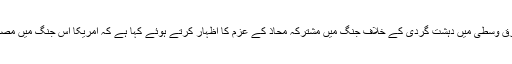
امریکی نائب صدر نے مشرق وسطیٰ میں دہشت گردی کے خلاف جنگ میں مشترکہ محاذ کے عزم کا اظہار کرتے ہوئے کہا ہے کہ امریکا اس جنگ میں مصر کے شانہ بشانہ کھڑا ہے۔